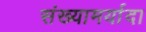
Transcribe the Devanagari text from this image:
संख्यामर्यादा